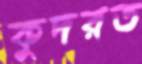
কুদরত